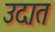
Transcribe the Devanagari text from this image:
उदात